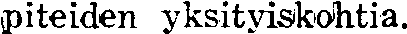
piteiden yksityiskohtia.